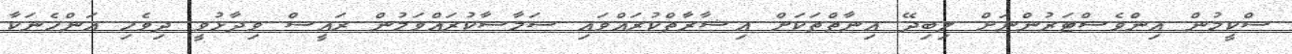
ސްކީމުން އިންވެސްޓަރުންނަށް ލިބިދޭ އިނާތްތަކަށް އިޝާރާތްކުރައްވައި ސަމާސާކުރައްވަމުން ރައީސް ވިދާޅުވީ ދިވެހި އަންހެނަކާ